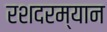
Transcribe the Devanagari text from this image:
रशदरम्यान